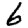
Digit: 6